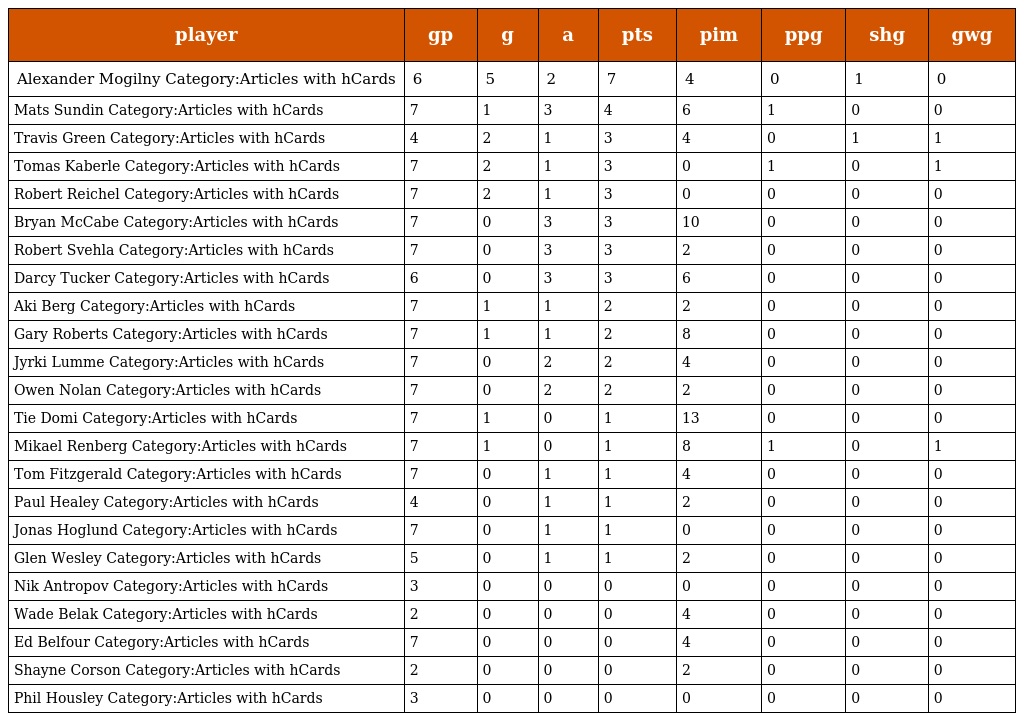
| player | gp | g | a | pts | pim | ppg | shg | gwg |
 | --- | --- | --- | --- | --- | --- | --- | --- | --- |
 | Alexander Mogilny Category:Articles with hCards | 6 | 5 | 2 | 7 | 4 | 0 | 1 | 0 |
 | Mats Sundin Category:Articles with hCards | 7 | 1 | 3 | 4 | 6 | 1 | 0 | 0 |
 | Travis Green Category:Articles with hCards | 4 | 2 | 1 | 3 | 4 | 0 | 1 | 1 |
 | Tomas Kaberle Category:Articles with hCards | 7 | 2 | 1 | 3 | 0 | 1 | 0 | 1 |
 | Robert Reichel Category:Articles with hCards | 7 | 2 | 1 | 3 | 0 | 0 | 0 | 0 |
 | Bryan McCabe Category:Articles with hCards | 7 | 0 | 3 | 3 | 10 | 0 | 0 | 0 |
 | Robert Svehla Category:Articles with hCards | 7 | 0 | 3 | 3 | 2 | 0 | 0 | 0 |
 | Darcy Tucker Category:Articles with hCards | 6 | 0 | 3 | 3 | 6 | 0 | 0 | 0 |
 | Aki Berg Category:Articles with hCards | 7 | 1 | 1 | 2 | 2 | 0 | 0 | 0 |
 | Gary Roberts Category:Articles with hCards | 7 | 1 | 1 | 2 | 8 | 0 | 0 | 0 |
 | Jyrki Lumme Category:Articles with hCards | 7 | 0 | 2 | 2 | 4 | 0 | 0 | 0 |
 | Owen Nolan Category:Articles with hCards | 7 | 0 | 2 | 2 | 2 | 0 | 0 | 0 |
 | Tie Domi Category:Articles with hCards | 7 | 1 | 0 | 1 | 13 | 0 | 0 | 0 |
 | Mikael Renberg Category:Articles with hCards | 7 | 1 | 0 | 1 | 8 | 1 | 0 | 1 |
 | Tom Fitzgerald Category:Articles with hCards | 7 | 0 | 1 | 1 | 4 | 0 | 0 | 0 |
 | Paul Healey Category:Articles with hCards | 4 | 0 | 1 | 1 | 2 | 0 | 0 | 0 |
 | Jonas Hoglund Category:Articles with hCards | 7 | 0 | 1 | 1 | 0 | 0 | 0 | 0 |
 | Glen Wesley Category:Articles with hCards | 5 | 0 | 1 | 1 | 2 | 0 | 0 | 0 |
 | Nik Antropov Category:Articles with hCards | 3 | 0 | 0 | 0 | 0 | 0 | 0 | 0 |
 | Wade Belak Category:Articles with hCards | 2 | 0 | 0 | 0 | 4 | 0 | 0 | 0 |
 | Ed Belfour Category:Articles with hCards | 7 | 0 | 0 | 0 | 4 | 0 | 0 | 0 |
 | Shayne Corson Category:Articles with hCards | 2 | 0 | 0 | 0 | 2 | 0 | 0 | 0 |
 | Phil Housley Category:Articles with hCards | 3 | 0 | 0 | 0 | 0 | 0 | 0 | 0 |